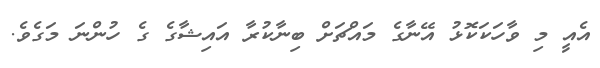
އެއީ މި ވާހަކަކޮޅު އޭނާގެ މައްޗަށް ބިނާކުރާ އައިޝާގެ ގެ ހުންނަ މަގެވެ.